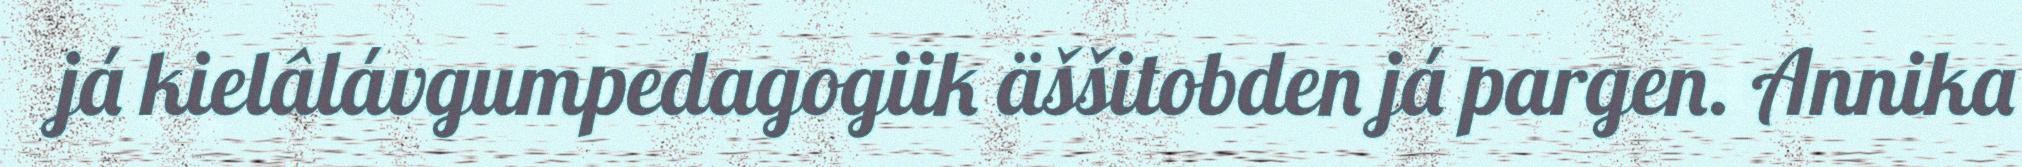
já kielâlávgumpedagogiik äššitobden já pargen. Annika